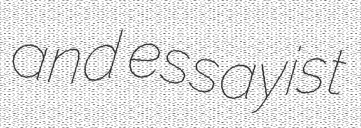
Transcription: and essayist